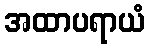
အထာပရာယံ